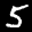
Label: 5